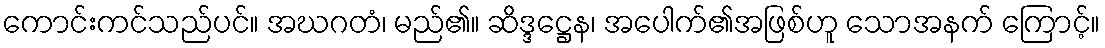
ကောင်းကင်သည်ပင်။ အဃဂတံ၊ မည်၏။ ဆိဒ္ဒဋ္ဌေန၊ အပေါက်၏အဖြစ်ဟူ သောအနက် ကြောင့်။